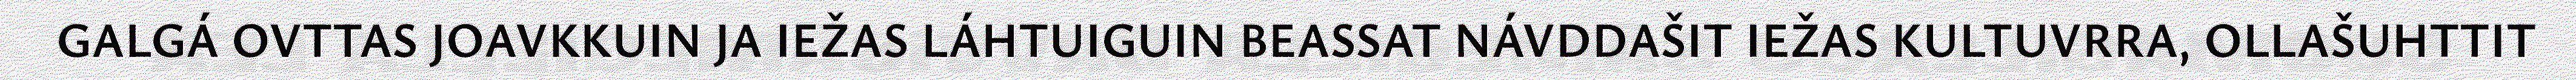
GALGÁ OVTTAS JOAVKKUIN JA IEŽAS LÁHTUIGUIN BEASSAT NÁVDDAŠIT IEŽAS KULTUVRRA, OLLAŠUHTTIT